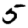
Digit: 5